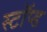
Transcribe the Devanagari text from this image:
स्टॉप्ड